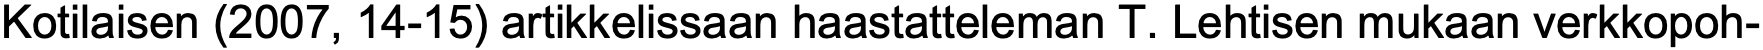
Kotilaisen (2007, 14-15) artikkelissaan haastatteleman T. Lehtisen mukaan verkkopoh-